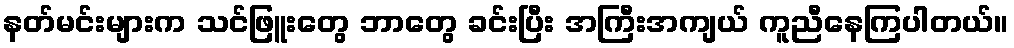
နတ်မင်းများက သင်ဖြူးတွေ ဘာတွေ ခင်းပြီး အကြီးအကျယ် ကူညီနေကြပါတယ်။